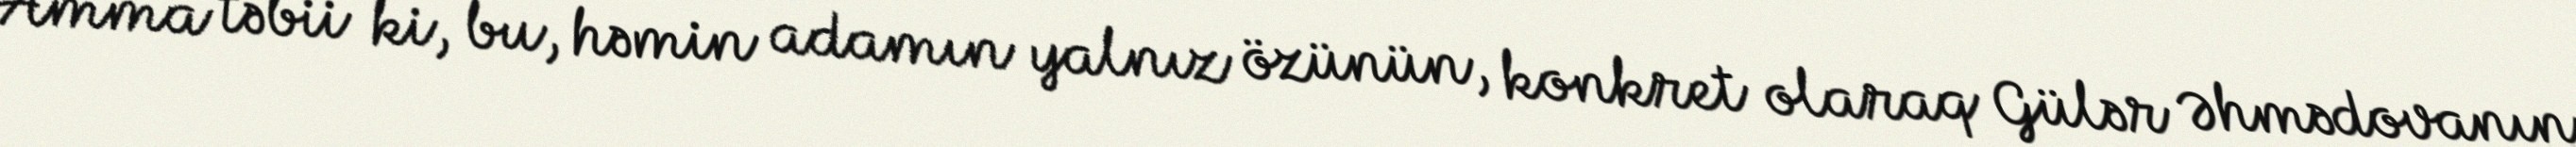
Amma təbii ki, bu, həmin adamın yalnız özünün, konkret olaraq Gülər Əhmədovanın